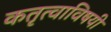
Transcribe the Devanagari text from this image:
कतृत्वाविषयी